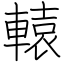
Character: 轅